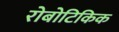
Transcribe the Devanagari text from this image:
रोबोटिकिक